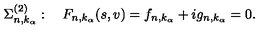
\Sigma _ { n , k _ { \alpha } } ^ { ( 2 ) } : \quad F _ { n , k _ { \alpha } } ( s , v ) = f _ { n , k _ { \alpha } } + i g _ { n , k _ { \alpha } } = 0 .